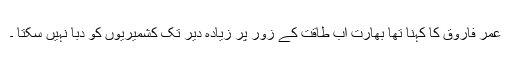
عمر فاروق کا کہنا تھا بھارت اب طاقت کے زور پر زیادہ دیر تک کشمیریوں کو دبا نہیں سکتا ۔